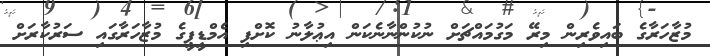
މުޒާހަރާގެ ބައިވެރިން މިރޭ މަގުމައްޗަށް ނުކުންނާނެކަން އިޢުލާނު ކޮށްފި އެމްޑީޕީގެ މުޒާހަރާގައި ސަރުކާރަށް